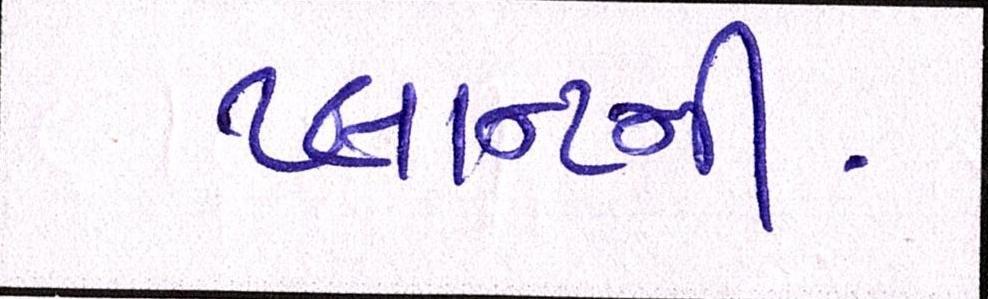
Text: પ્લાન્ટની